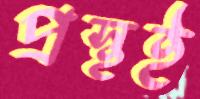
প্রস্থই